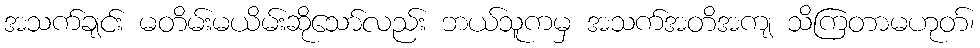
အသက်ချင်း မတိမ်းမယိမ်းဆိုသော်လည်း ဘယ်သူကမှ အသက်အတိအကျ သိကြတာမဟုတ်၊